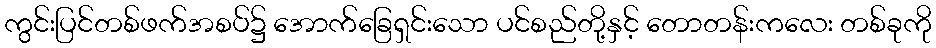
ကွင်းပြင်တစ်ဖက်အစပ်၌ အောက်ခြေရှင်းသော ပင်စည်တို့နှင့် တောတန်းကလေး တစ်ခုကို